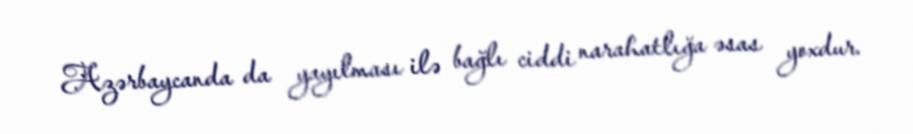
Azərbaycanda da yayılması ilə bağlı ciddi narahatlığa əsas yoxdur.